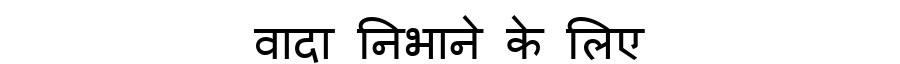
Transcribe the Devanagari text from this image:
वादा निभाने के लिए